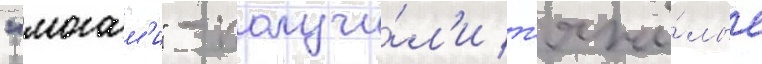
"могам'и" - получи́л'и т'яжё́лые